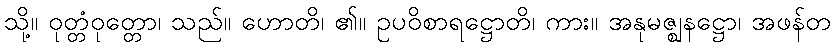
သို့။ ဝုတ္တံဝုတ္တော၊ သည်။ ဟောတိ၊ ၏။ ဥပဝိစာရဋ္ဌောတိ၊ ကား။ အနုမဇ္ဈနဋ္ဌော၊ အဖန်တ